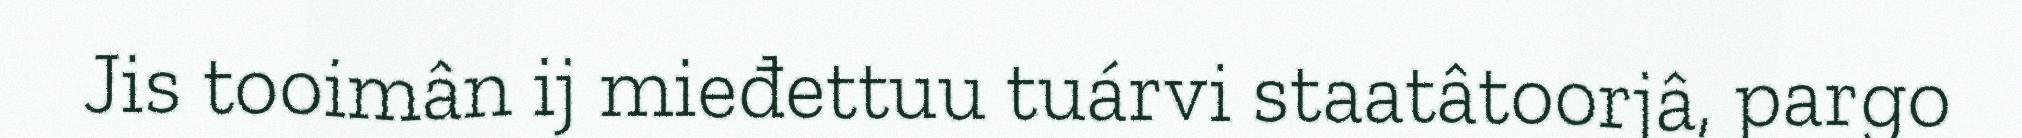
Jis tooimân ij mieđettuu tuárvi staatâtoorjâ, pargo